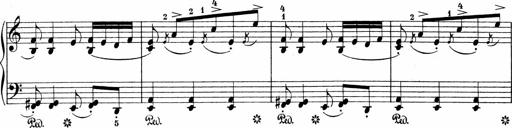
Title: Sonatinen Op.47, 98 und 136, nebst 6 Liedersonatinen
Composer: Carl Reinecke